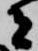
者